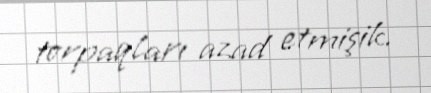
torpaqları azad etmişik.